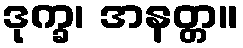
ဒုက္ခ၊ အနတ္တ။